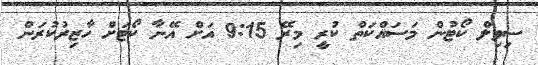
ސިވިލް ކޯޓުން މަސައްކަތް ކުރީ މިރޭ 9:15 އަށް އޭނާ ކޯޓަށް ހާޒިރުކުރަން